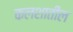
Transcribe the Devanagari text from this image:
कलशातील